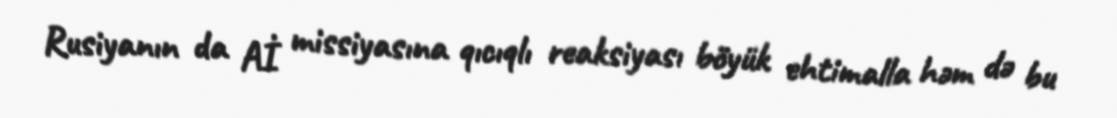
Rusiyanın da Aİ missiyasına qıcıqlı reaksiyası böyük ehtimalla həm də bu